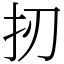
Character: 扨